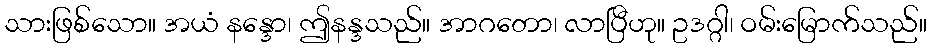
သားဖြစ်သော။ အယံ နန္ဒော၊ ဤနန္ဒသည်။ အာဂတော၊ လာပြီဟု။ ဥဒဂ္ဂါ၊ ဝမ်းမြောက်သည်။